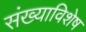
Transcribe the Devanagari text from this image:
संख्याविशेष